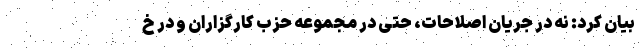
بیان کرد: نه در جریان اصلاحات، حتی در مجموعه حزب کارگزاران و در خ